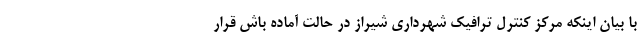
با بیان اینکه مرکز کنترل ترافیک شهرداری شیراز در حالت آماده باش قرار